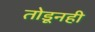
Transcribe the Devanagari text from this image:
तोडूनही